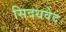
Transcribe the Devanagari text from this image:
सिदधवेद